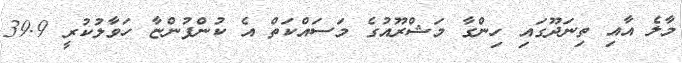
މާލެ އާއި ތިނަދޫގައި ހިންގާ މަޝްރޫއުގެ މަސައްކަތް އެ ކުންފުންޏާ ހަވާލުކުރީ 39.9